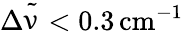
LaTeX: \Delta{\tilde{\upnu}}<0.3\, \mathrm{cm}^{-1}